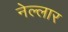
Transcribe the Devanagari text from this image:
नेल्‍लार